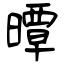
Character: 曋